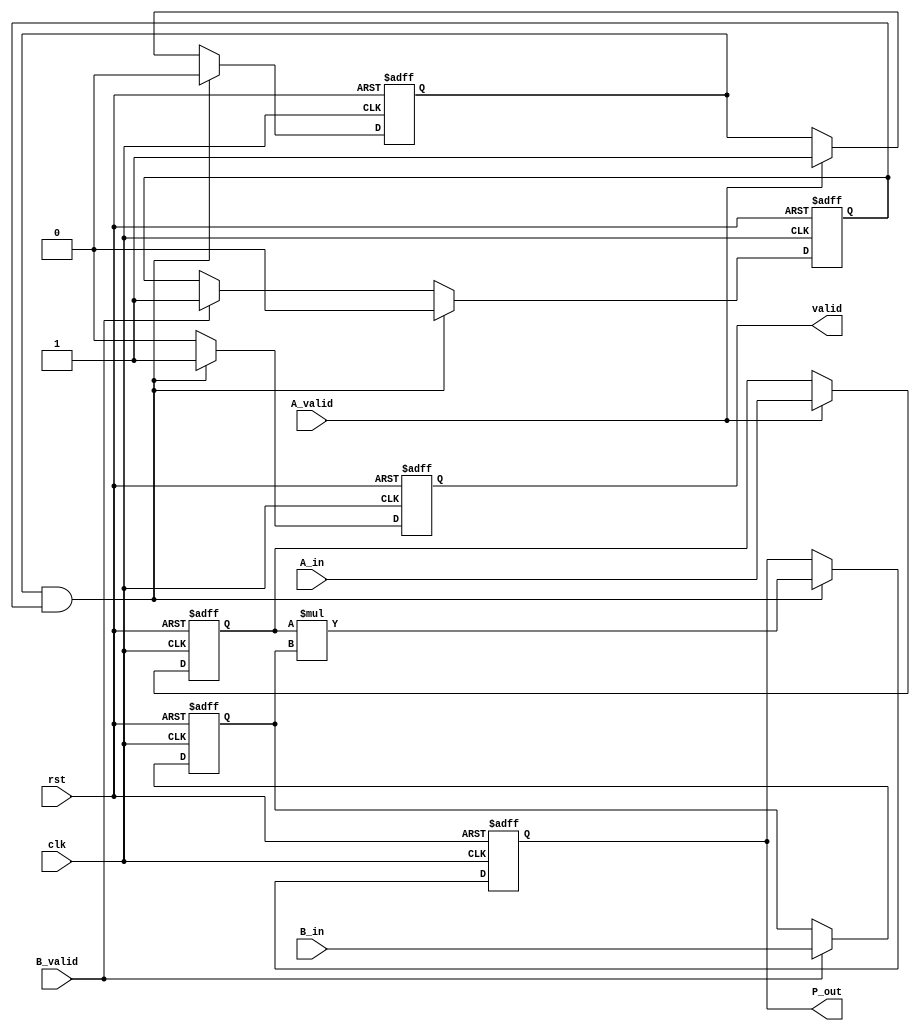
module streaming_multiplier #(
    parameter DATA_WIDTH = 32 // Adjust data width as necessary (e.g., 32 for floating-point)
)(
    input wire clk,
    input wire rst,
    input wire [DATA_WIDTH-1:0] A_in,
    input wire [DATA_WIDTH-1:0] B_in,
    input wire A_valid,
    input wire B_valid,
    output reg [2*DATA_WIDTH-1:0] P_out,
    output reg valid
);

    // Internal signals
    reg [DATA_WIDTH-1:0] A_buffer;
    reg [DATA_WIDTH-1:0] B_buffer;
    reg A_ready, B_ready;

    // State machine for control logic
    always @(posedge clk or posedge rst) begin
        if (rst) begin
            A_buffer <= 0;
            B_buffer <= 0;
            P_out <= 0;
            valid <= 0;
            A_ready <= 0;
            B_ready <= 0;
        end else begin
            // Capture inputs when valid signals are asserted
            if (A_valid) begin
                A_buffer <= A_in;
                A_ready <= 1; // Indicate A is ready
            end
            
            if (B_valid) begin
                B_buffer <= B_in;
                B_ready <= 1; // Indicate B is ready
            end

            // Perform multiplication when both inputs are ready
            if (A_ready && B_ready) begin
                P_out <= A_buffer * B_buffer; // Perform multiplication
                valid <= 1; // Assert valid output
                // Reset readiness flags
                A_ready <= 0;
                B_ready <= 0;
            end else begin
                valid <= 0; // Deassert valid if not ready
            end
        end
    end

endmodule